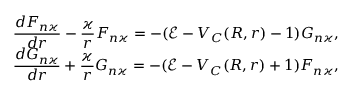
\begin{array} { l } { \displaystyle \frac { d F _ { n \varkappa } } { d r } - \frac { \varkappa } { r } F _ { n \varkappa } = - ( \mathcal { E } - V _ { C } ( R , r ) - 1 ) G _ { n \varkappa } , } \\ { \displaystyle \frac { d G _ { n \varkappa } } { d r } + \frac { \varkappa } { r } G _ { n \varkappa } = - ( \mathcal { E } - V _ { C } ( R , r ) + 1 ) F _ { n \varkappa } , } \end{array}